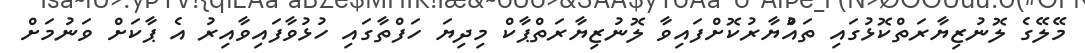
މޭލޭގެ ލޮނުޒިޔާރަތްކޮޅުގައި ތައްުޔާރުކޮށްފައިވާ ލޮނުޒިޔާރަތްޕާކް މިދިޔަ ހަފްތާގައި ހުޅުވާފައިވާއިރު އެ ޕާކަށް ވަނުމަށް